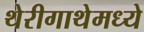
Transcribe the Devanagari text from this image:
थेरीगाथेमध्ये